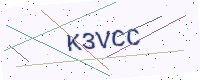
Text: K3VCC